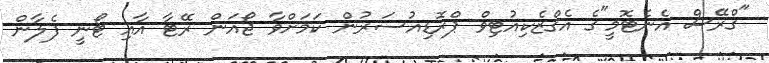
"ގްރޭސް އެނެޓޮމީ"ގެ އެގްޒެކިއުޓިވް ޕްރޮޑިއުސަރުން ކަމަށްވާ ޖޯއަން ރޭޓާ އާއި ޓޯނީ ފެލާން